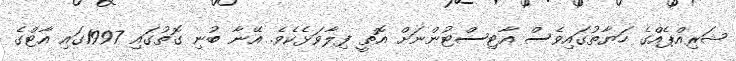
ޝަރިއްޕެއްގެ ހަޔާތުގައިވެސް އާޓިސްޓުންނަށް އޮތީ ފިލާވަޅެކެވެ. އޭނާ ބުނި ގޮތުގައި 1997ގައި އާޓްގެ